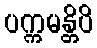
ပက္ကမန္တိပိ